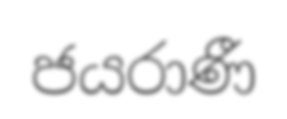
ජයරාණී